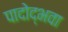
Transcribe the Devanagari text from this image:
पादोद्भवा